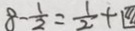
8 - \frac { 1 } { 2 } = \frac { 1 } { 2 } +